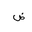
Letter: _dad